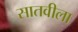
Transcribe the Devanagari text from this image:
सातवीला